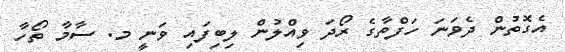
އެގޮތުން ދެވަނަ ހަފްތާގެ ރޯދަ ވިއްލުން ލިބިފައި ވަނީ މ. ސާމާ ތޯހާ